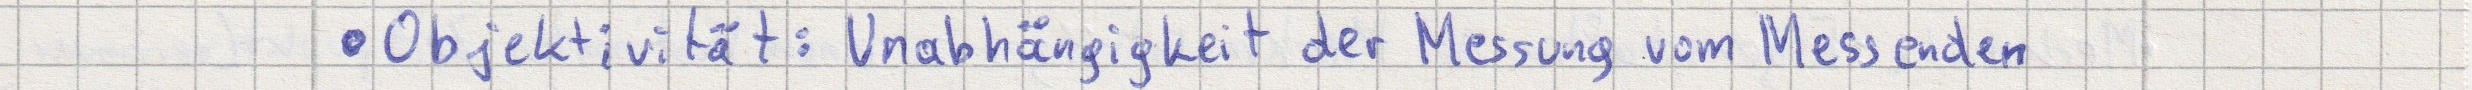
- Objektivität: Unabhängigkeit der Messung vom Messenden